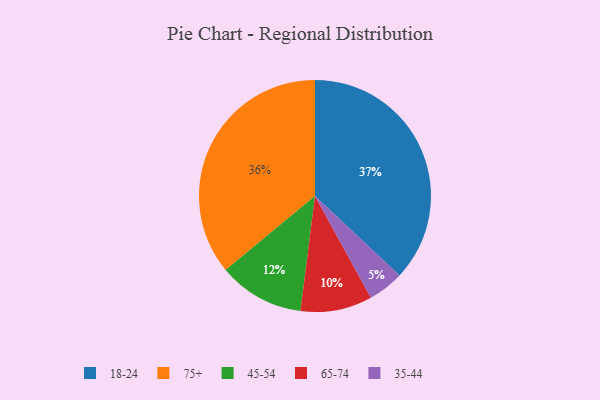
{"axis": {"x": "Category", "y": "Percentage"}, "legend": ["18-24", "35-44", "45-54", "65-74", "75+"], "data": [{"x": "65-74", "y": 10, "type": "65-74"}, {"x": "45-54", "y": 12, "type": "45-54"}, {"x": "18-24", "y": 37, "type": "18-24"}, {"x": "75+", "y": 36, "type": "75+"}, {"x": "35-44", "y": 5, "type": "35-44"}]}